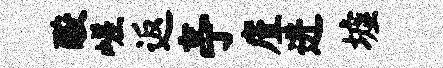
酸嵯返亭廑进墟